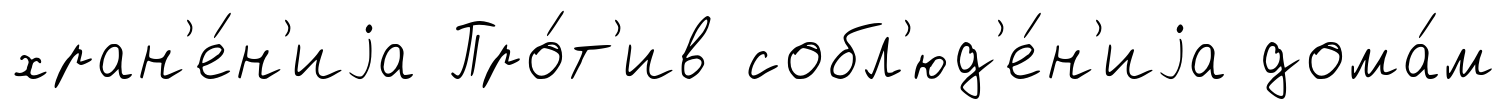
хран'е́н'иjа Про́т'ив собл'юд'е́н'иjа дома́м